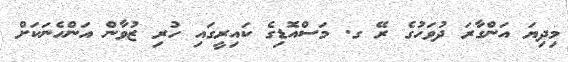
މިދިޔަ އަންގާރަ ދުވަހުގެ ރޭ ގ. މަސްއޮޑިގެ ކައިރީގައި ހުރި ޒުވާން އަންހެނަކަށް